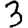
Digit: 3